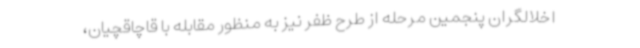
اخلالگران پنجمین مرحله از طرح ظفر نیز به منظور مقابله با قاچاقچیان،